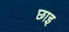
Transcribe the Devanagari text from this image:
छाइ